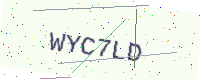
Text: WYC7LD